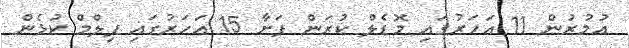
އުމުރުން 11 އަހަރުގައި މޮޑެލް ކުރަން ފަށާ 15 އަހަރުގައި ފިލްމް ކުޅެން